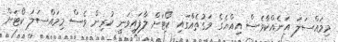
މިމައްސަލަ އަނެއްކާވެސް އިއްޔެގެ ވަގުތެއްގައި ކޯޓަށް ލާފައިވަނީ ކުރިން ވެސް މިމައްސަލަ ކޯޓަށް